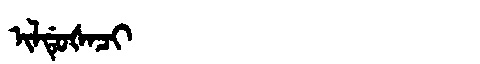
Manchu: ᡳᠯᡩᡠᡧᠠᠴᡳ
Romanization: ILDUŠACI